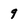
Character: 9